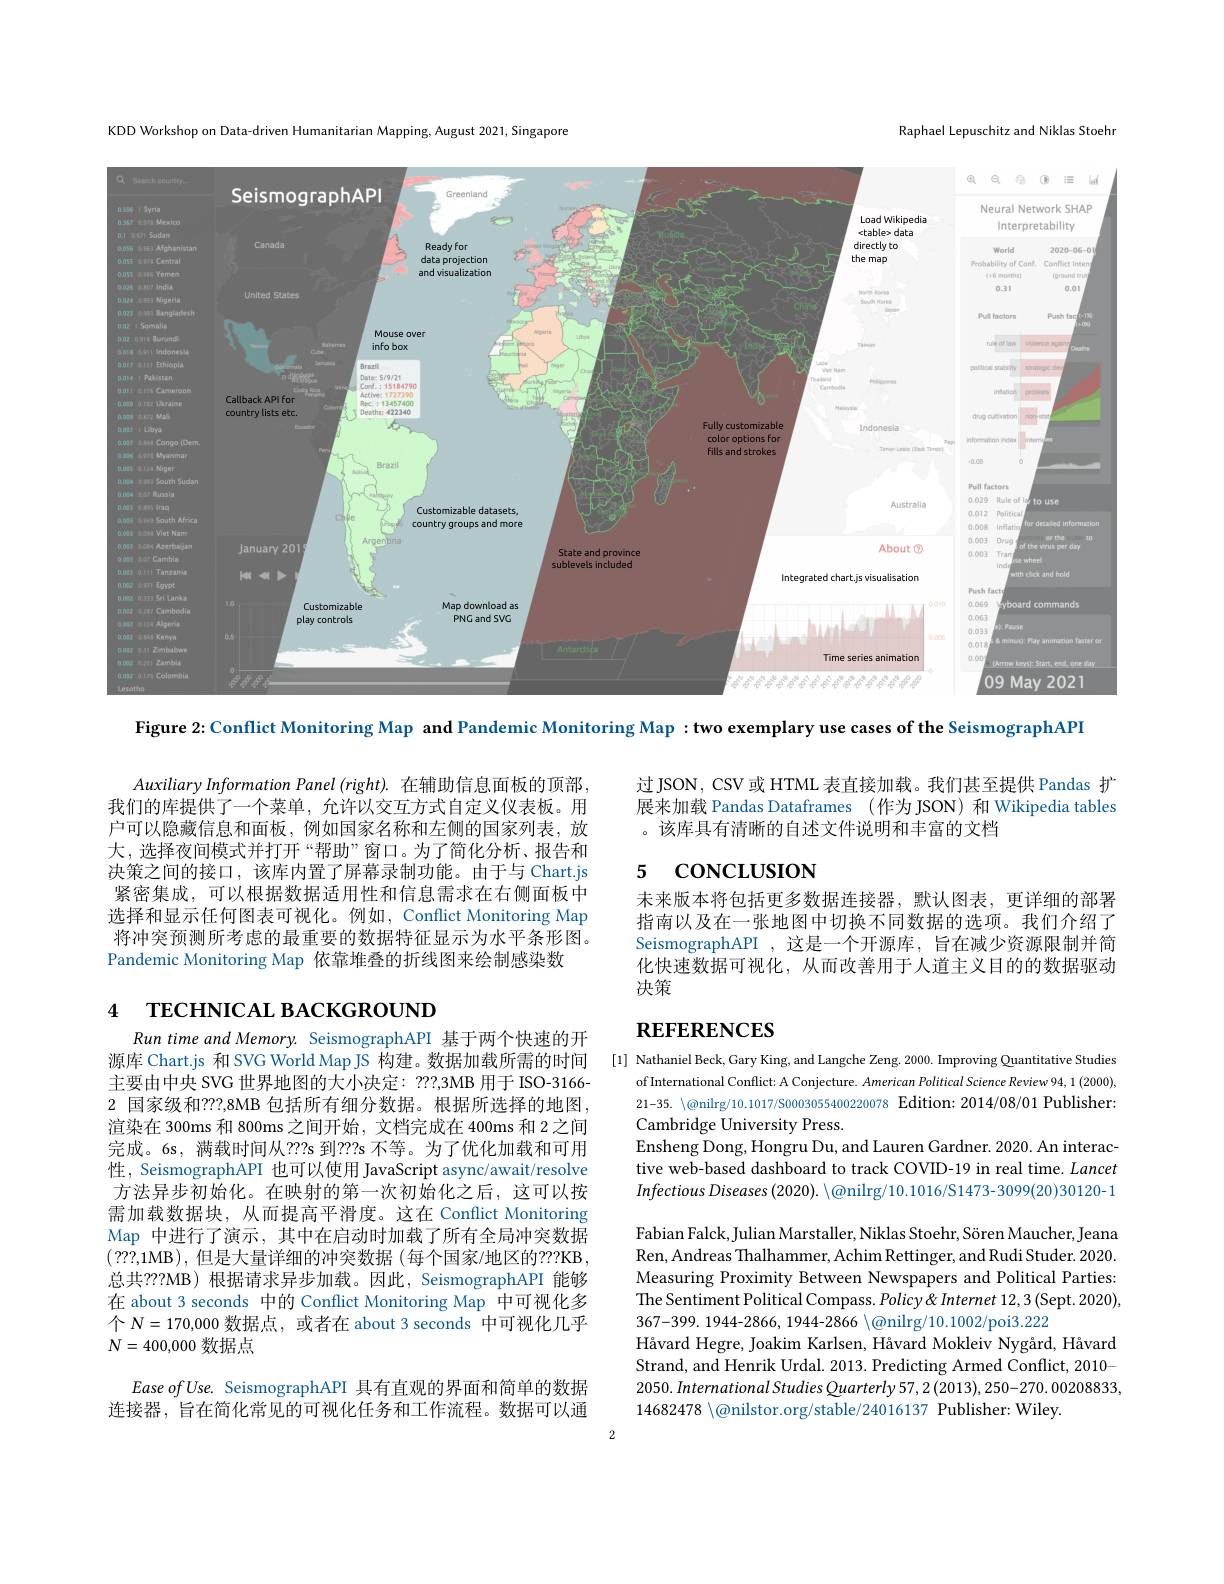
Raphael Lepuschitz and Niklas Stoehr

KDD Workshop on Data-driven Humanitarian Mapping, August 2021, Singapore

<FigureHere>

Figure 2{:} Conflict Monitoring Map and Pandemic Monitoring Map $: \textbf{two exemplary use cases of the SeismographAPI}$

过JSON，CSV 或 HTML 表直接加载。我们甚至提供 Pandas 扩展来加载 Pandas Dataframes (作为 JSON) 和 Wikipedia tables 。该库具有清晰的自述文件说明和丰富的文档

### 5 CONCLUSION

Auxiliary Information Panel (right). 在辅助信息面板的顶部我们的库提供了一个菜单，允许以交互方式自定义仪表板。用户可以隐藏信息和面板，例如国家名称和左侧的国家列表，放大，选择夜间模式并打开“帮助”窗口。为了简化分析、报告和决策之间的接口，该库内置了屏幕录制功能。由于与 Chart.js 紧密集成，可以根据数据适用性和信息需求在右侧面板中选择和显示任何图表可视化。例如，Conflict Monitoring Map 将冲突预测所考虑的最重要的数据特征显示为水平条形图。Pandemic Monitoring Map 依靠堆叠的折线图来绘制感染数

未来版本将包括更多数据连接器，默认图表，更详细的部署指南以及在一张地图中切换不同数据的选项。我们介绍了SeismographAPI ,这是一个开源库，旨在减少资源限制并简化快速数据可视化，从而改善用于人道主义目的的数据驱动决策

# 4 TECHNICAL BACKGROUND

# REFERENCES

Run time and Memory. SeismographAPI 基于两个快速的开源库 Chart.js 和 SVG World Map JS 构建。数据加载所需的时间主要由中央 SVG 世界地图的大小决定：???,3MB 用于 ISO-3166- 2 国家级和？??,8MB 包括所有细分数据。根据所选择的地图， 渲染在 300ms 和 800ms 之间开始，文档完成在 400ms 和 2 之间完成。6s, 满载时间从？?2s 到？?s 不等。为了优化加载和可用性，SeismographAPI 也可以使用 JavaScript async/await/resolve 方法异步初始化。在映射的第一次初始化之后，这可以按需加载数据块，从而提高平滑度。这在 Conflict Monitoring Map 中进行了演示，其中在启动时加载了所有全局冲突数据( ? ? ? , 1MB),但是大量详细的冲突数据 (每个国家/地区的？??KB, 总共？??MB) 根据请求异步加载。因此，SeismographAPI 能够在 about 3 seconds 中的 Conflict Monitoring Map 中可视化多个$N=170,000$数据点，或者在 about 3 seconds 中可视化几乎$N=400,000$数据点
$EaseofUse.$ SeismographAPI 具有直观的界面和简单的数据连接器，旨在简化常见的可视化任务和工作流程。数据可以通

[1] Nathaniel Beck, Gary King, and Langche Zeng. 2000. Improving Quantitative Studies
of International Conflict: A Conjecture. American Political Science Review 94, 1 (2000), 21-35. \\c{Q}nilrg/10.1017/S0003055400220078 Edition: 2014/08/01 Publisher: Cambridge University Press.
Ensheng Dong, Hongru Du, and Lauren Gardner. 2020. An interactive web-based dashboard to track COVID-19 in real time. Lancet Infectious Diseases $(2020).\setminus\textcircled{a}$nilrg/10.1016/S1473-3099(20)30120-1 Fabian Falck, Julian Marstaller, Niklas Stoehr, Sören Maucher, Jeana Ren, Andreas Thalhammer, Achim Rettinger, and Rudi Studer. 2020. Measuring Proximity Between Newspapers and Political Parties: The Sentiment Political Compass. Policy &Internet 12,3 (Sept. 2020), 367-399. 1944-2866, 1944-2866 $\backslash$@nilrg/10.1002/poi3.222
Håvard Hegre, Joakim Karlsen, Håvard Mokleiv Nygård, Håvard Strand, and Henrik Urdal. 2013. Predicting Armed Conflict, 2010- 2050. International Studies Quarterly 57, 2 (2013), 250-270. 00208833, $14682478\setminus\textcircled{a}$nilstor.org/stable/24016137 Publisher: Wiley.